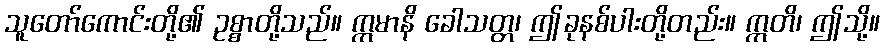
သူတော်ကောင်းတို့၏ ဥစ္စာတို့သည်။ ဣမာနိ ခေါသတ္တ၊ ဤခုနစ်ပါးတို့တည်း။ ဣတိ၊ ဤသို့။